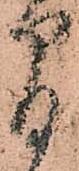
間